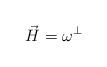
LaTeX: \begin{align*}\vec{H} = \omega^\bot\end{align*}